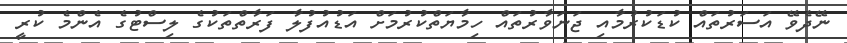
ނޭދެވޭ އަސަރުތައް ކުޑަކުރުމާއި ޖަނަވާރުތައް ހިމާޔަތްކުރުމަށް އަޑުއުފުލާ ފަރާތްތަކުގެ ލިސްޓުގެ އެންމެ ކުރީ